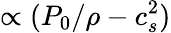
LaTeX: \propto(P_{0}/\rho-c_{s}^{2})